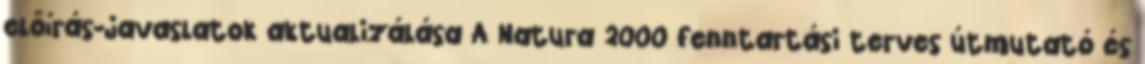
előírás-javaslatok aktualizálása A Natura 2000 fenntartási terves útmutató és